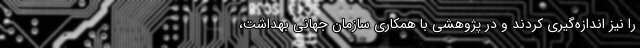
را نیز اندازه‌گیری کردند و در پژوهشی با همکاری سازمان جهانی بهداشت،